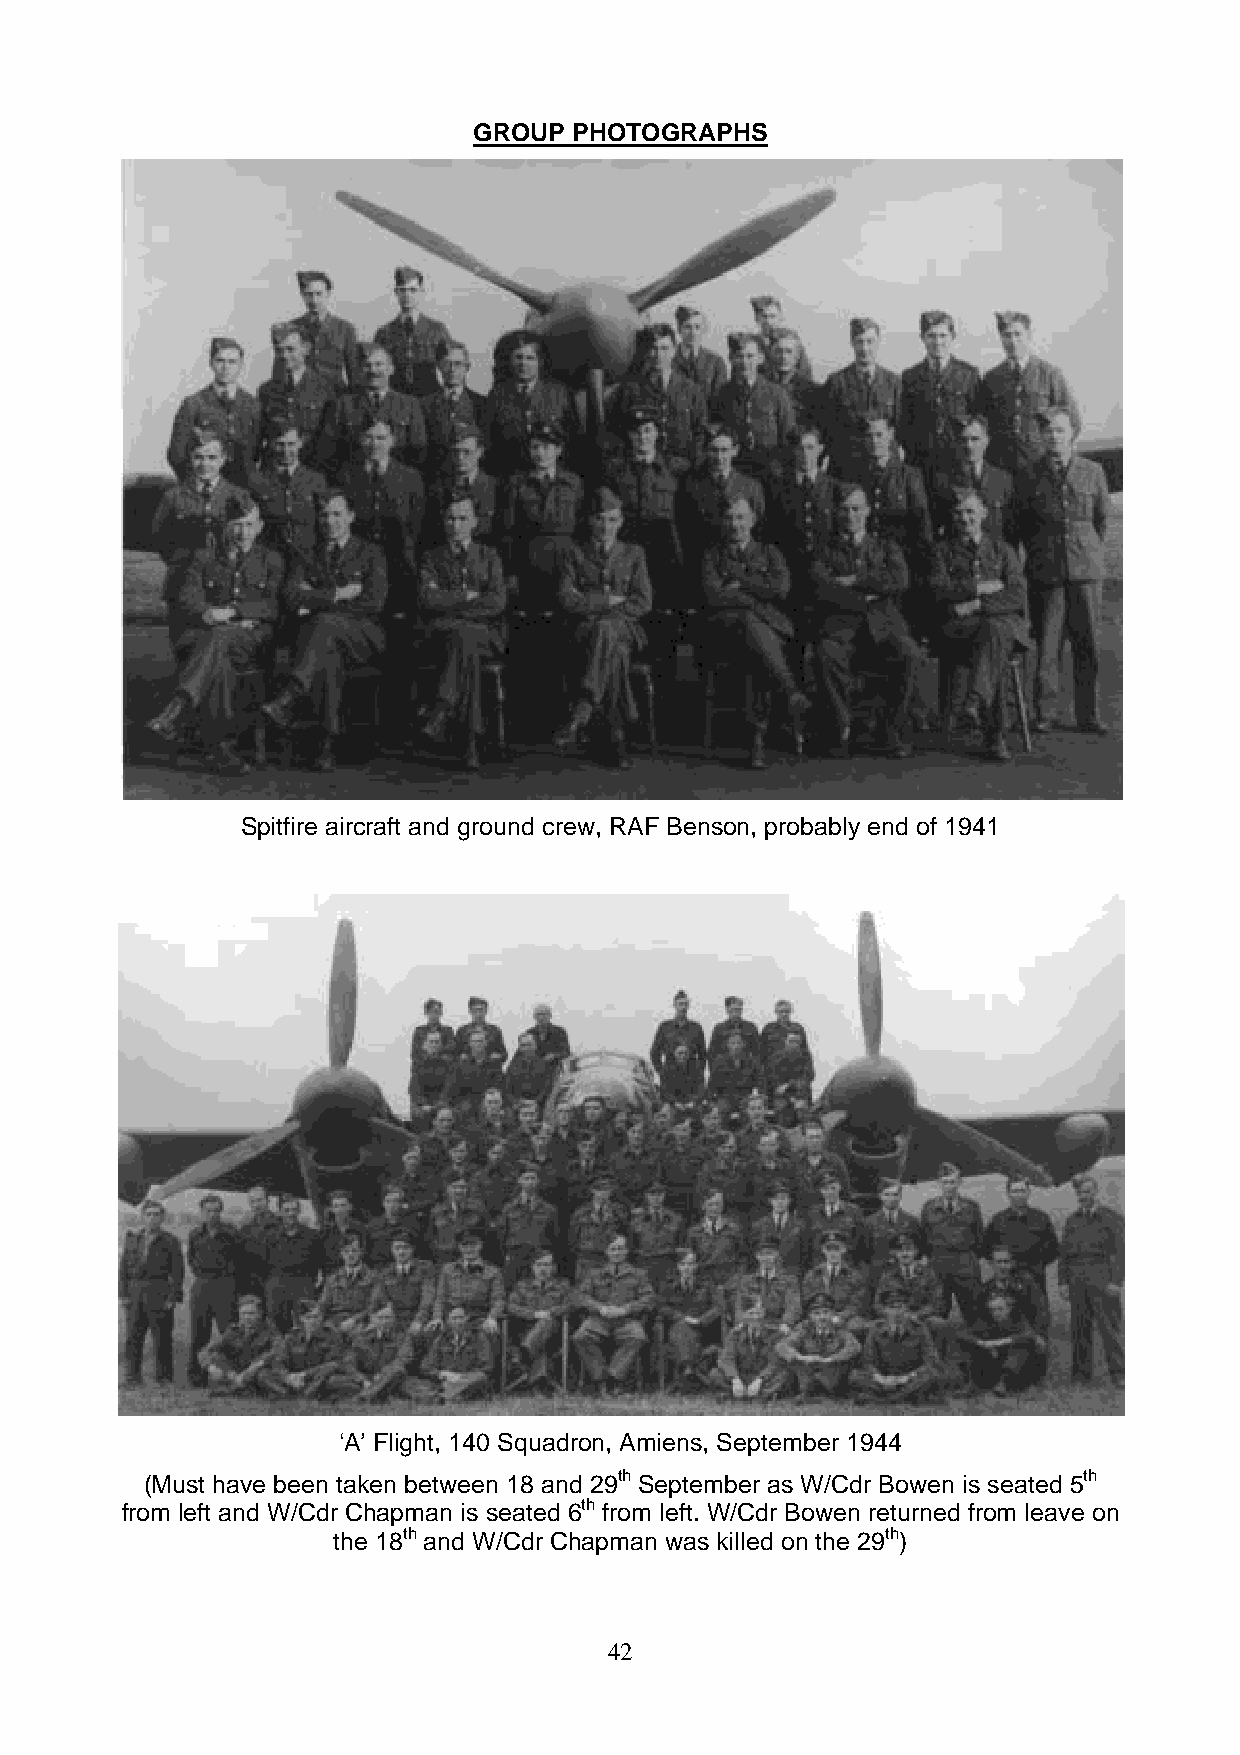
GROUP  PHOTOGRAPHS
 Spitfire aircraft and ground crew, RAF Benson, probably end of 1941
 ‘A’ Flight, 140 Squadron, Amiens, September 1944
 (Must have been taken between 18 and 29th September as W/Cdr Bowen is seated 5th
 from left and W/Cdr Chapman is seated 6th from left. W/Cdr Bowen returned from leave on
 the 18th and W/Cdr Chapman was killed on the 29th)
 42